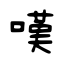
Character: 嘆